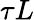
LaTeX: \tau L